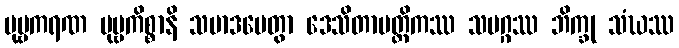
ပုဗ္ဗကရဏ ပုဗ္ဗကိစ္စာနိ သမာဒပေတွာ ဒေသိတာပတ္တိကဿ သမဂ္ဂဿ ဘိက္ခု သံဃဿ